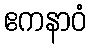
ဧကနာဝံ